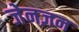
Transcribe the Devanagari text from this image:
जेनज़न